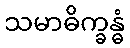
သမာဓိက္ခန္ဓံ